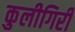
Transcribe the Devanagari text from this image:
कुलीगिरी